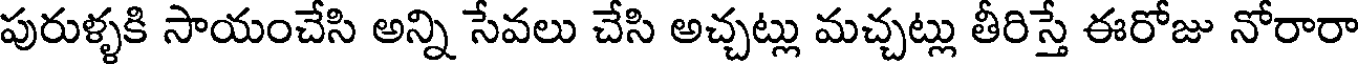
పురుళ్ళకి సాయంచేసి అన్ని సేవలు చేసి అచ్చట్లు మచ్చట్లు తీరిస్తే ఈరోజు నోరారా